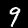
Label: 9